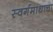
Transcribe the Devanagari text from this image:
स्वर्गमाथाचा